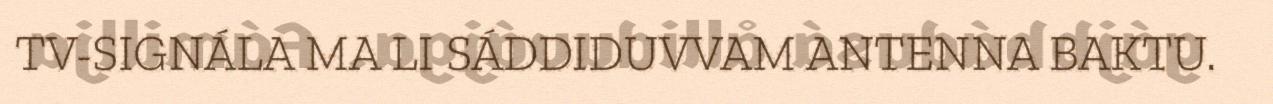
TV-SIGNÁLA MA LI SÁDDIDUVVAM ANTENNA BAKTU.